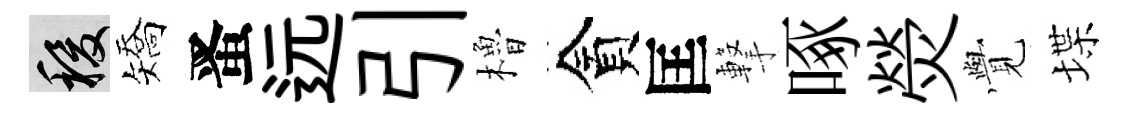
稷矯󱉠远引櫓貪匡撃啄熒𮗜堞